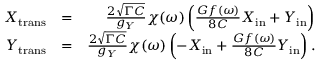
\begin{array} { r l r } { X _ { \mathrm { t r a n s } } } & { = } & { \frac { 2 \sqrt { \Gamma C } } { g _ { Y } } \chi ( \omega ) \left( \frac { G f ( \omega ) } { 8 C } X _ { \mathrm { i n } } + Y _ { \mathrm { i n } } \right) } \\ { Y _ { \mathrm { t r a n s } } } & { = } & { \frac { 2 \sqrt { \Gamma C } } { g _ { Y } } \chi ( \omega ) \left( - X _ { \mathrm { i n } } + \frac { G f ( \omega ) } { 8 C } Y _ { \mathrm { i n } } \right) . } \end{array}